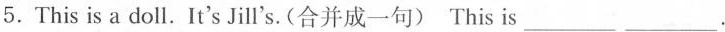
5.This is a doll.It's Jill's.(合并成一句)This is___.